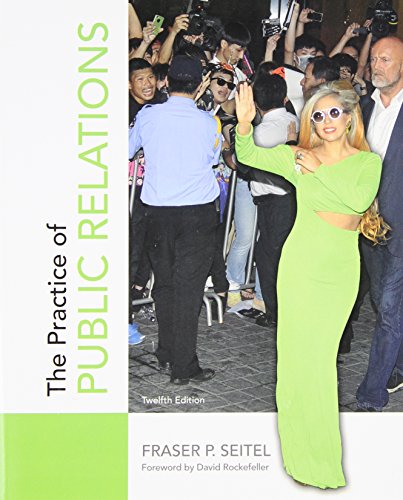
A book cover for The Practice of Public Relations (12th Edition); Fraser P. Seitel; Business & Money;